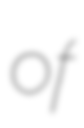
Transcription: of